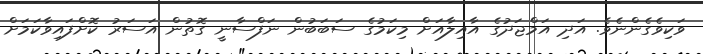
ވަކިވެގެންނެވެ. އަދި އަމްޖަދުގެ އާއިލާއަށް މިކަމުގެ ސަބަބުން ނަފްސާނީ ގޮތުން އަސަރު ކޮށްފައިވާކަމަށް